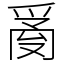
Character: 𤔔